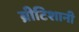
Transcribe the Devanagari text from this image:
ब्रीटिशानी